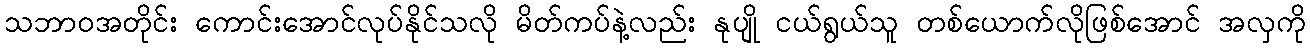
သဘာဝအတိုင်း ကောင်းအောင်လုပ်နိုင်သလို မိတ်ကပ်နဲ့လည်း နုပျို ငယ်ရွယ်သူ တစ်ယောက်လိုဖြစ်အောင် အလှကို